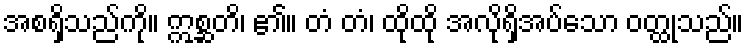
အစရှိသည်ကို။ ဣစ္ဆတိ၊ ၏။ တံ တံ၊ ထိုထို အလိုရှိအပ်သော ဝတ္ထုသည်။